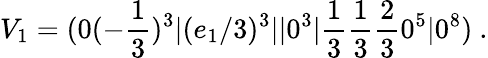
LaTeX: V_{1}=(0(-{\frac{1}{3}})^{3}\vert(e_{1}/3)^{3}\vert\vert 0^{3}\vert{\frac{1}{3}}{\frac{1}{3}}{\frac{2}{3}}0^{5}\vert 0^{8})~.